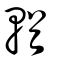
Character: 輶